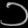
Digit: ၁